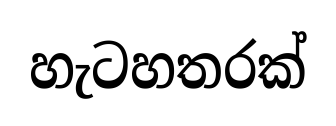
හැටහතරක්